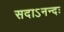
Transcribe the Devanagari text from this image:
सदाऽनन्दः